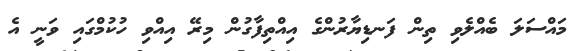
މައްސަލަ ބެއްލެވި ތިން ފަނޑިޔާރުންގެ އިއްތިފާގުން މިރޭ އިއްވި ހުކުމްގައި ވަނީ އެ